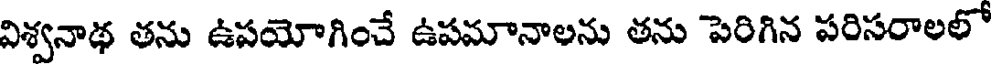
విశ్వనాథ తను ఉపయోగించే ఉపమానాలను తను పెరిగిన పరిసరాలలో